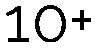
10+